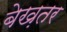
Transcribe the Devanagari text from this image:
बेख़तर